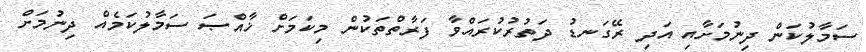
ސަމާލުކަން ދިނުމަށާއި އަދި ރޭގަނޑު ދަތުރުކުރައްވާ ފަރާތްތަކުން މިކަމަށް ޚާއްޞަ ސަމާލުކަމެއް ދިނުމަށް